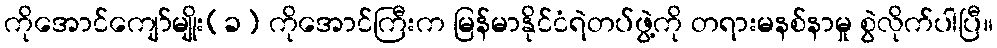
ကိုအောင်ကျော်မျိုး(ခ) ကိုအောင်ကြီးက မြန်မာနိုင်ငံရဲတပ်ဖွဲ့ကို တရားမနစ်နာမှု စွဲလိုက်ပါပြီ။